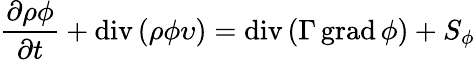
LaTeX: {\frac{\partial\rho\phi}{\partial t}}+\operatorname{div}\left(\rho\phi\upsilon\right)=\operatorname{div}\left(\Gamma\operatorname{grad}\phi\right)+S_{\phi}